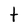
Character: t